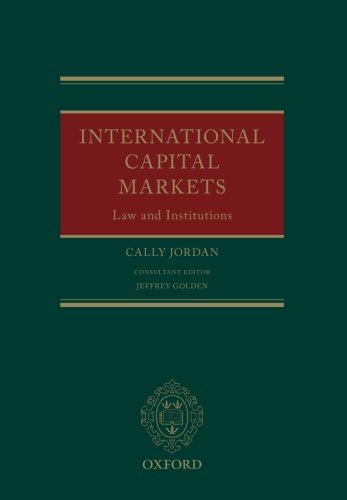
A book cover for International Capital Markets: Law and Institutions; Cally Jordan; Law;